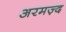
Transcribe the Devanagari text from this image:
अरमज़्द